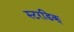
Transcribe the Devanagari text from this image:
स्टरडिक्